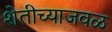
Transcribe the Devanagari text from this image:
शेतीच्याजवळ